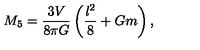
M _ { 5 } = \frac { 3 V } { 8 \pi G } \left( \frac { l ^ { 2 } } { 8 } + G m \right) ,